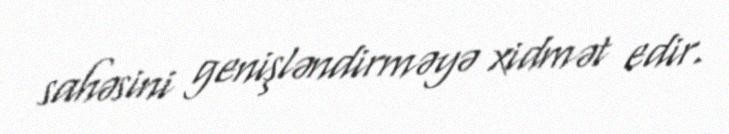
sahəsini genişləndirməyə xidmət edir.